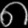
Digit: ၈